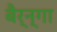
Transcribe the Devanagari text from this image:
बैर्न्गा